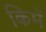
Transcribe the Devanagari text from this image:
किमें